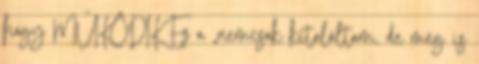
hogy MŰKÖDIK Ez a „nemcsak kitaláltam, de meg is